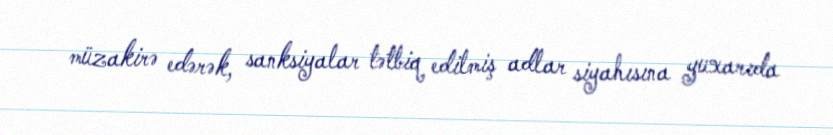
müzakirə edərək, sanksiyalar tətbiq edilmiş adlar siyahısına yuxarıda